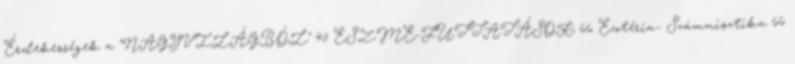
Érdekességek a "NAGYVILÁGBÓL" 45 ESZME-FUTTATÁSOK 66 Ezotéria- Számmisztika 66